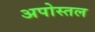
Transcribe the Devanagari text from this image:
अपोस्तल